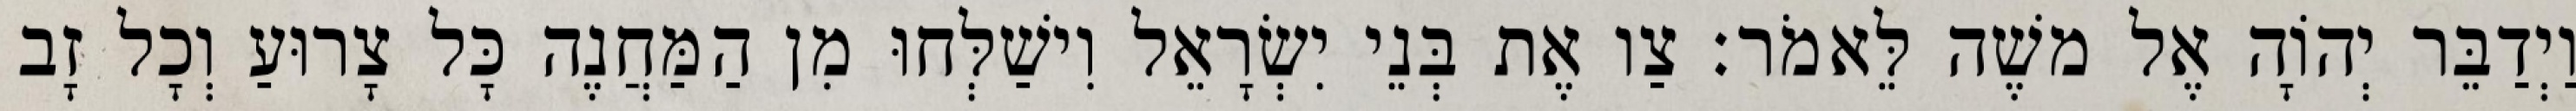
וַיְדַבֵּר יְהוָֹה אֶל משֶׁה לֵּאמֹר׃ צַו אֶת בְּנֵי יִשְׂרָאֵל וִישַׁלְּחוּ מִן הַמַּחֲנֶה כָּל צָרוּעַ וְכָל זָב